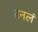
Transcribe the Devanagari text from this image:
बनलं